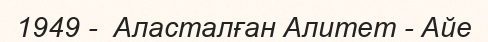
1949 -  Аласталған Алитет - Айе